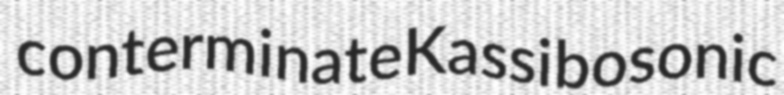
conterminate Kassi bosonic